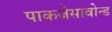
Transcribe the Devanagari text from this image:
पाकजेसावोन्ड